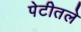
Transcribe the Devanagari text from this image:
पेटीतले